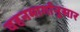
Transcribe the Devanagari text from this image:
वहनमार्गानुसार